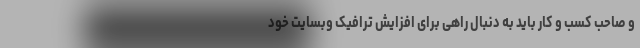
و صاحب کسب و کار باید به دنبال راهی برای افزایش ترافیک وبسایت خود